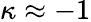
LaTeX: \kappa\approx-1